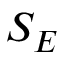
S _ { E }